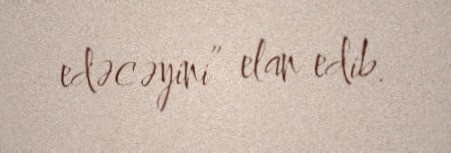
edəcəyini” elan edib.